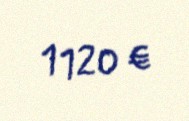
1120 €